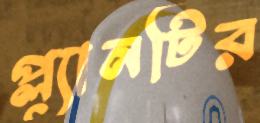
প্ল্যানটির